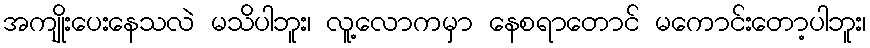
အကျိုးပေးနေသလဲ မသိပါဘူး၊ လူ့လောကမှာ နေစရာတောင် မကောင်းတော့ပါဘူး၊